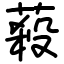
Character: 蔱